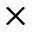
\times